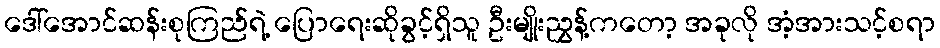
ဒေါ်အောင်ဆန်းစုကြည်ရဲ့ ပြောရေးဆိုခွင့်ရှိသူ ဦးမျိုးညွှန့်ကတော့ အခုလို အံ့အားသင့်စရာ